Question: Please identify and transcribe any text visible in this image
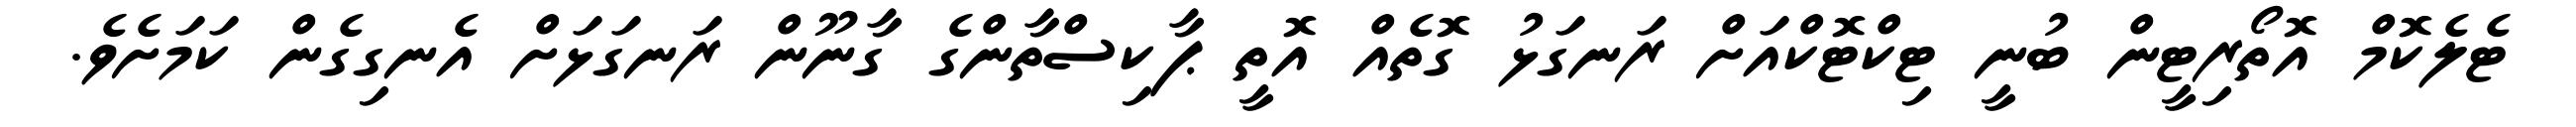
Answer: ޓެލެކޮމް އޮތޯރިޓީން ބުނީ ޓިކްޓޮކްއަށް ރަނގަޅު ގޮތެއް އޮތީ ޕާކިސްތާންގެ ގާނޫން ރަނގަޅަށް އެނގިގެން ކަމަށެވެ.